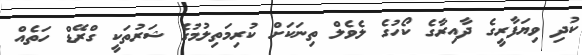
ކުދި ވިޔަފާރީގެ ދާއިރާގެ ކޯހުގެ ލެވެލް ތިނަކަށް ކުރިމަތިލުުމުގެ ޝަރުތަކީ ގްރޭޑް ހަތެއް